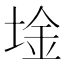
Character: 𫭾